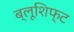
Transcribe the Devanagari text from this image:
ब्लूशिफ्ट